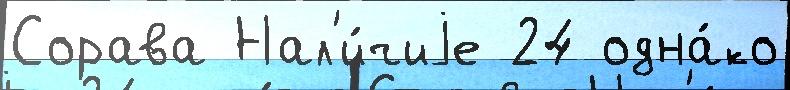
Сорава Нал'и́чиjе 24 одна́ко